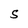
Character: S